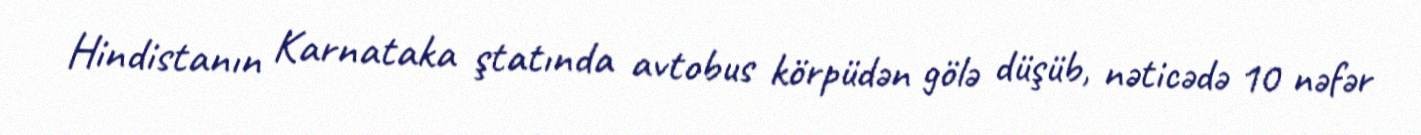
Hindistanın Karnataka ştatında avtobus körpüdən gölə düşüb, nəticədə 10 nəfər